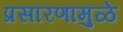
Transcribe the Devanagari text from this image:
प्रसारणामुळे